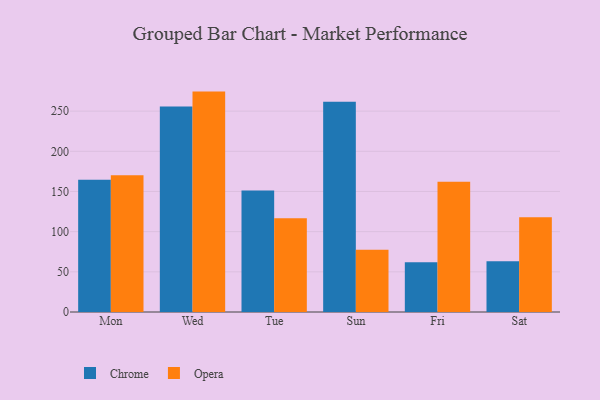
{"axis": {"x": "Day", "y": "Demand Index"}, "legend": ["Chrome", "Opera"], "data": [{"x": "Mon", "y": 164.7, "type": "Chrome"}, {"x": "Mon", "y": 170.1, "type": "Opera"}, {"x": "Wed", "y": 255.8, "type": "Chrome"}, {"x": "Wed", "y": 274.3, "type": "Opera"}, {"x": "Tue", "y": 151.3, "type": "Chrome"}, {"x": "Tue", "y": 116.7, "type": "Opera"}, {"x": "Sun", "y": 261.6, "type": "Chrome"}, {"x": "Sun", "y": 77.6, "type": "Opera"}, {"x": "Fri", "y": 61.9, "type": "Chrome"}, {"x": "Fri", "y": 162.0, "type": "Opera"}, {"x": "Sat", "y": 63.2, "type": "Chrome"}, {"x": "Sat", "y": 117.8, "type": "Opera"}]}